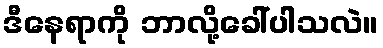
ဒီနေရာကို ဘာလို့ခေါ်ပါသလဲ။